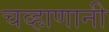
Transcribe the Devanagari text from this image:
चव्हाणानी